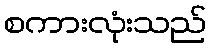
စကားလုံးသည်